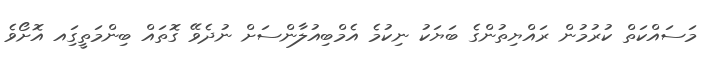
މަސައްކަތް ކުރުމުން ރައްޔިތުންގެ ބަޔަކު ނިކުމެ އެމްބިއުލާންސަށް ނުދެވޭ ގޮތައް ބިންމަތީގަިއ އޮށޯވެ